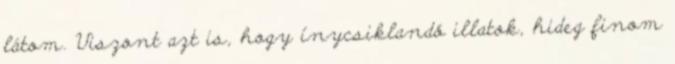
látom. Viszont azt is, hogy ínycsiklandó illatok, hideg finom